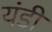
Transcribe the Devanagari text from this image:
यंडी